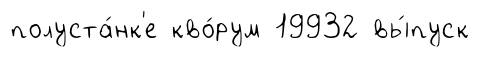
полуста́нк'е кво́рум 19932 вы́пуск